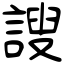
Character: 謏